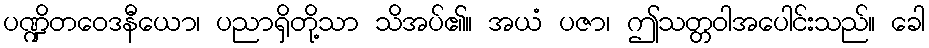
ပဏ္ဍိတဝေဒနီယော၊ ပညာရှိတို့သာ သိအပ်၏။ အယံ ပဇာ၊ ဤသတ္တဝါအပေါင်းသည်။ ခေါ